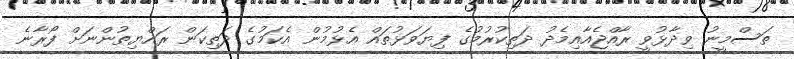
ތަސްމީނު ވިދާޅުވީ ރާއްޖެއާއިމެދު ދަތިކުރުމުގެ ފިޔަވަޅުތައް އެޅުމުން އެކަމުގެ ދަތިކަން ރައްޔިތުންނަށް ފޯރާނެ